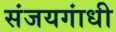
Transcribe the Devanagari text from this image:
संजयगांधी